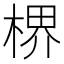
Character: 楐